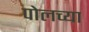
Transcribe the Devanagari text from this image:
पोलच्या